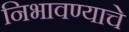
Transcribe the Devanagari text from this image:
निभावण्याचे